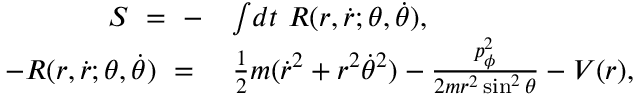
\begin{array} { r l } { S ~ = ~ - } & { \int \! d t ~ R ( r , \dot { r } ; \theta , \dot { \theta } ) , } \\ { - R ( r , \dot { r } ; \theta , \dot { \theta } ) ~ = ~ } & { \frac { 1 } { 2 } m ( \dot { r } ^ { 2 } + r ^ { 2 } \dot { \theta } ^ { 2 } ) - \frac { p _ { \phi } ^ { 2 } } { 2 m r ^ { 2 } \sin ^ { 2 } \theta } - V ( r ) , } \end{array}